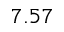
7 . 5 7